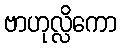
ဗာဟုလ္လိကော